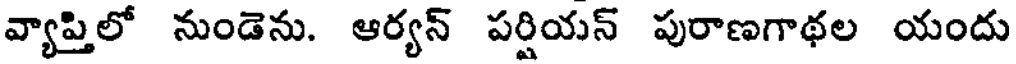
వ్యాప్తిలో నుండెను. ఆర్యన్ పర్షియన్ పురాణగాథల యందు